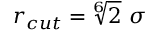
r _ { c u t } = \sqrt [ 6 ] { 2 } ~ \sigma